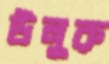
উলুরু